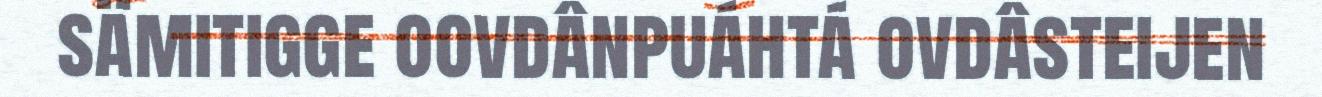
sämitigge oovdânpuáhtá ovdâsteijen